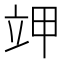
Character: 𰣄